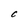
Character: t